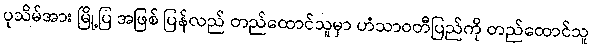
ပုသိမ်အား မြို့ပြ အဖြစ် ပြန်လည် တည်ထောင်သူမှာ ဟံသာဝတီပြည်ကို တည်ထောင်သူ